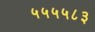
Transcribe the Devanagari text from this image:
५५५५८३